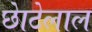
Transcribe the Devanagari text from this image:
छाेटेलाल